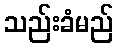
သည်းခံမည်